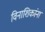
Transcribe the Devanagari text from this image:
विनाशिकांना